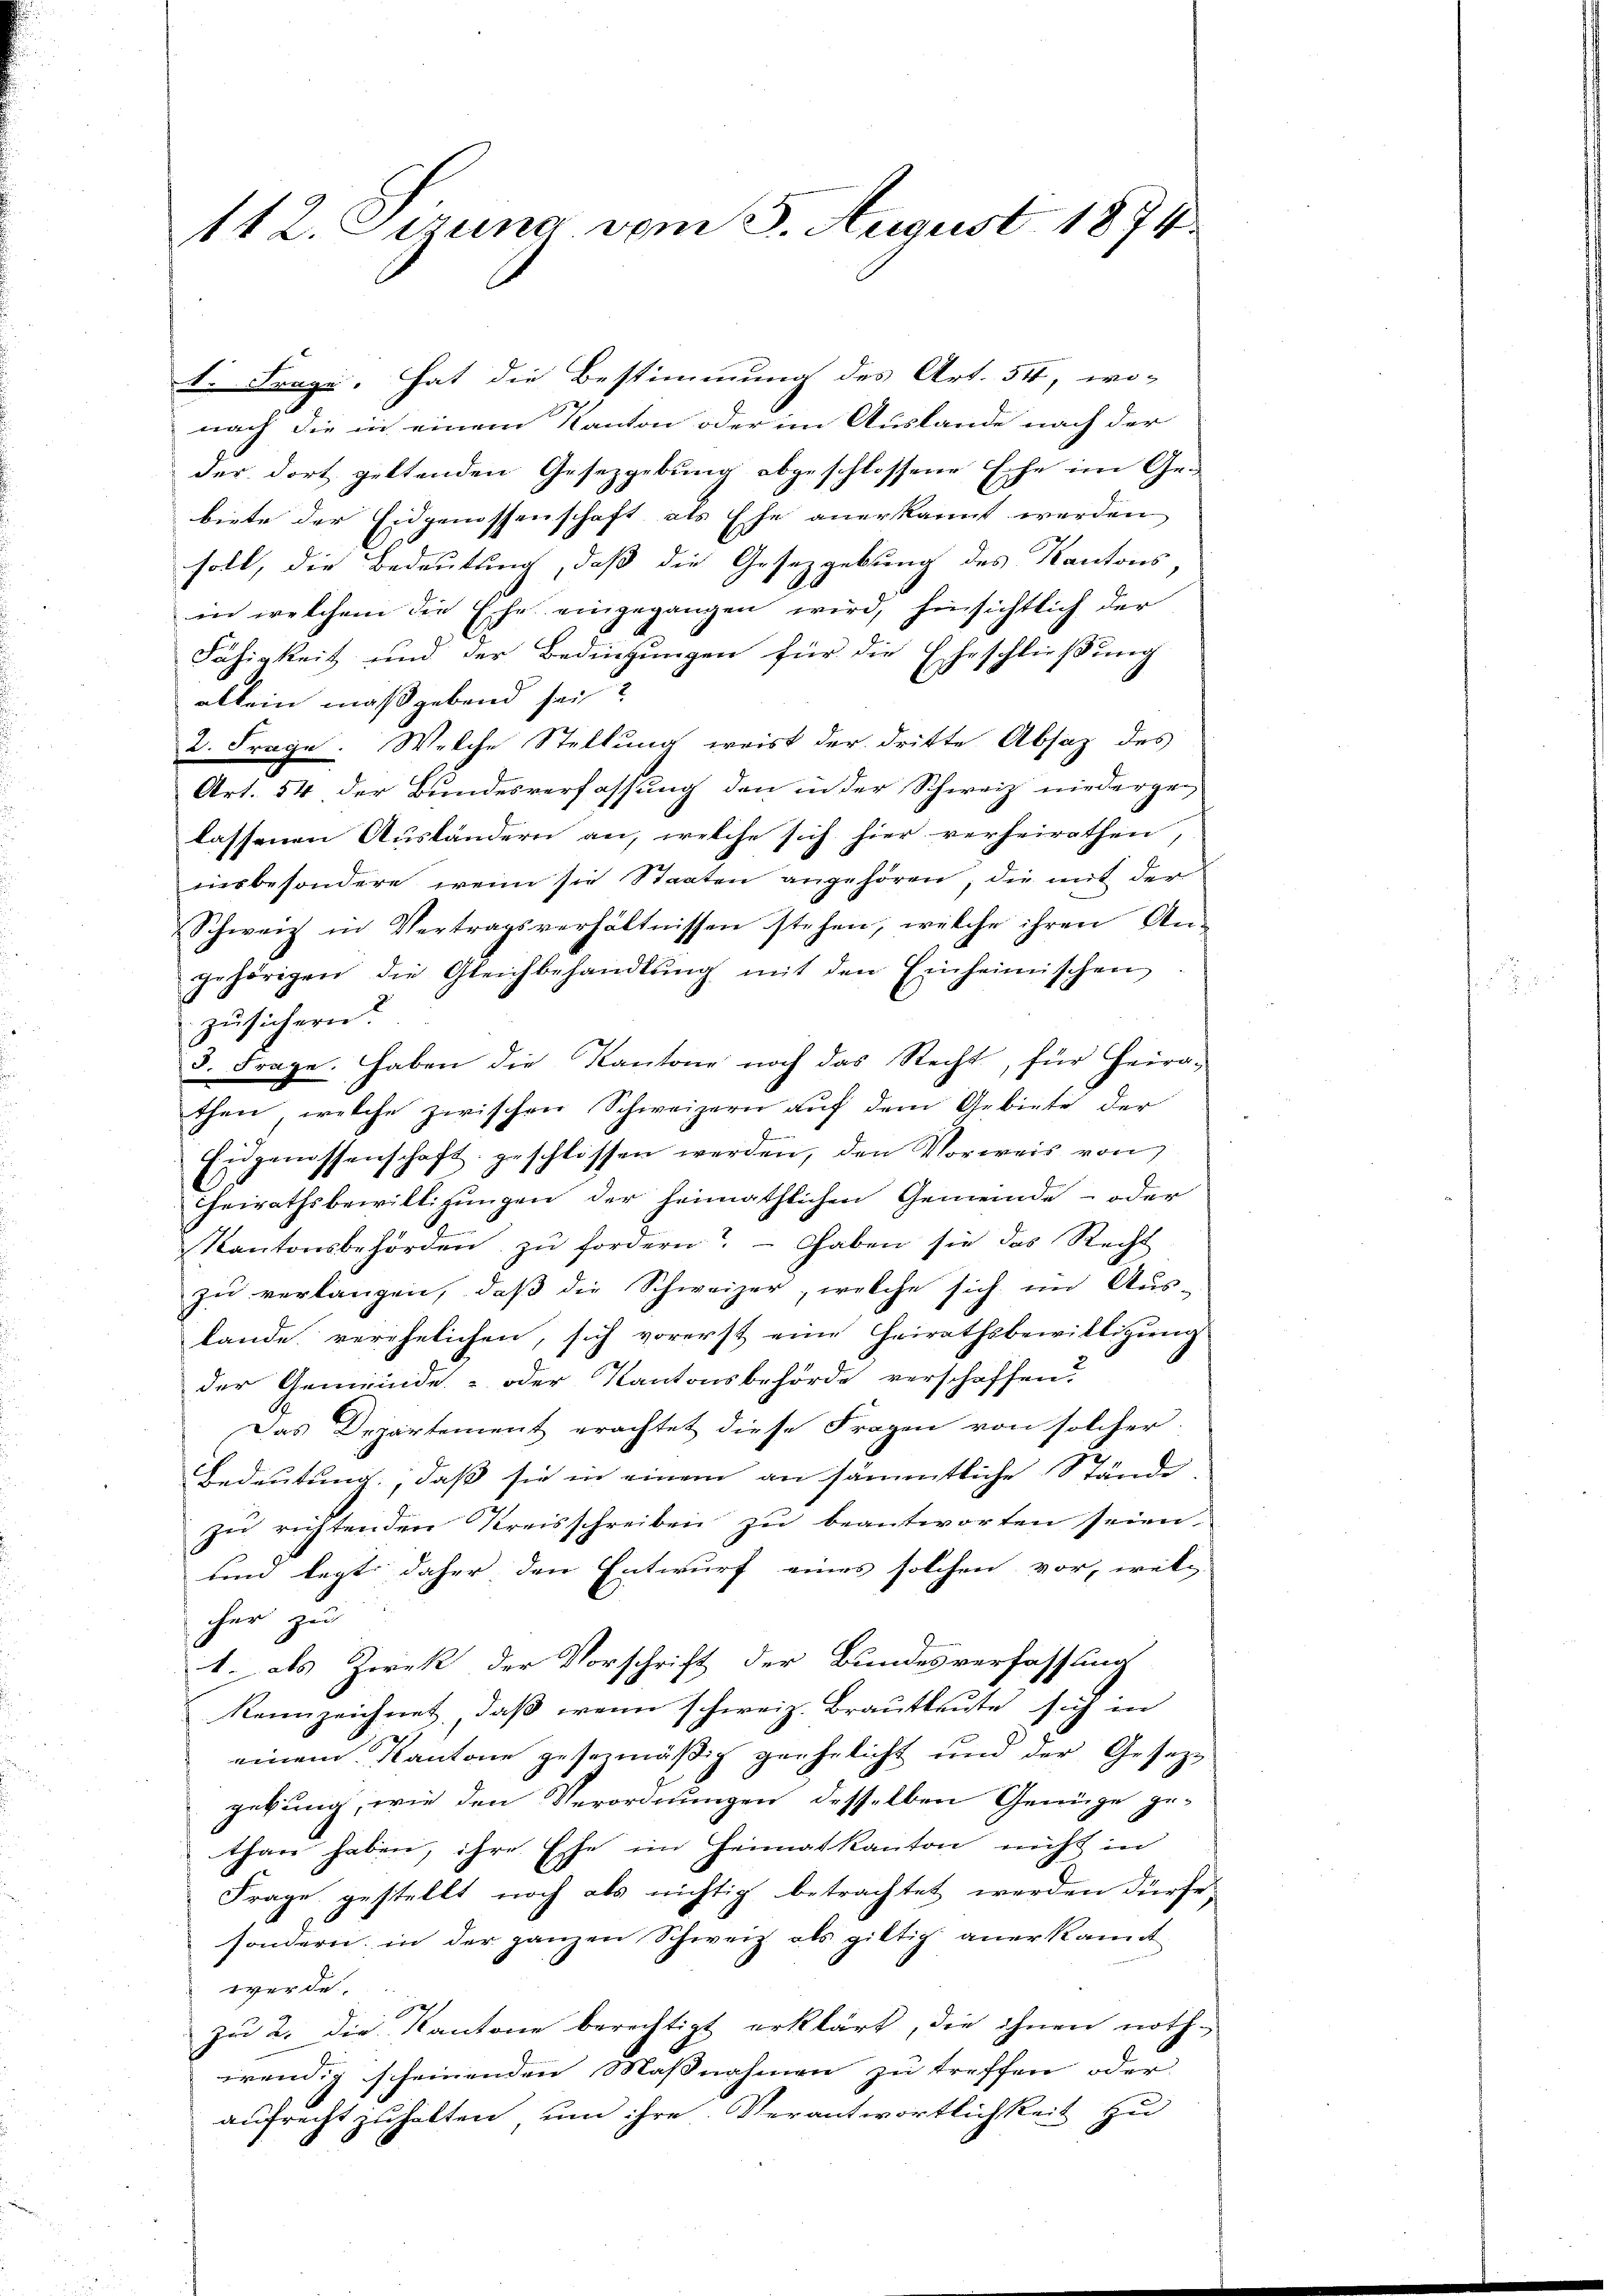
112. Sizung vom 3. August 1874.

1. Frage, hat die Bestimmung des Art. 54, wo-
nach die in einem Kanton oder im Auslande nach der |
der dort geltenden Gesetzgebung abgeschlossene Esche im Gei
biete der Eidgenossenschaft als Ehe anerkannt werden
soll, die Bedeutung, daß die Gesetzgebung des Kantons-
in welchem die Ehe eingegangen wird, hinsichtlich der
Fähigkeit und der Bedingungen für die Eheschliessung
allein maßgebend sei?
2. Frage. Welche Stellung weist der dritte Absaz des
Art. 54 der Bundesverfassung den in der Schweiz niedergelassenen Ausländern an, welche sich hier verheirathen,
niesbesondere, wenn sie Staaten angehören; die mit der
Schweiz in Vertragsverhältnissen stehen, welche ihren An-
gehörigen die Gleichbehandlŭng mit den Einheimischen
zusichern
3. Frage. Haben die Kantone noch das Recht, für Heira-
then, welche zwischen Schweizern aŭf dem Gebiete der
Eidgenossenschaft geschlossen werden, den Vorweis von
Heirathsbewilligungen der heimathlichen Gemeinde- oder
Kantonsbehörden zŭ fordern? Gaben sie das Recht
zu verlangen, daß die Schweizer, welche sich im Aus-
lande verehelichen, sich vorerst eine Heirathsbewilligung
der Gemeinde- oder Kantonsbehörde verschaffen?
Das Departement erachtet diese Fragen von solcher.
Bedeutung, daß sie in einem an sämmtliche Stände,
zu richtenden Kreisschreiben zu beantworten seien.
und legt daher den Entwurf eines solchen vor, welc
cher zu
1. ds Zwek der Vorschrift der Bundesverfassung
kennzeichnet, daβ wenn schweiz. Brautleute sich in
einem Kantone gesezmäßig geehelicht und der Gesezgebung, wie den Verordnungen desselben Genüge ge-
than haben, ihre Esse im Heimatkanton nicht in
Frage gestellt noch als nichtig betrachtet werden dürfe,
sondern in der ganzen Schweiz als giltig anerkannt
werde.
zu 2. die Kantone berechtigt erklärt, die ihnen noth-
wendig scheinenden Maßnahmen zu treffen oder
aufrecht zuhalten, um ihre Verantwortlichkeit zu